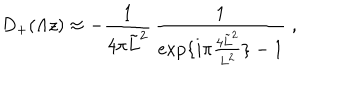
LaTeX: D _ { + } ( \Lambda z ) \approx - \frac { 1 } { 4 \pi \tilde { L } ^ { 2 } } \, \frac { 1 } { \exp \{ i \pi \frac { 4 \tilde { L } ^ { 2 } } { L ^ { 2 } } \} - 1 } \; ,